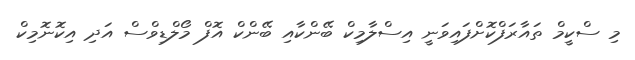
މި ސްކީމް ތައާރަފްކޮށްފައިވަނީ އިސްލާމިކް ބޭންކާއި ބޭންކް އޮފް މޯލްޑިވްސް އަދި އިކޮނޮމިކް